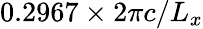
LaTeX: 0.2967\times 2\pi c/L_{x}